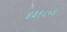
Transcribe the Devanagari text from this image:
४३१८०४